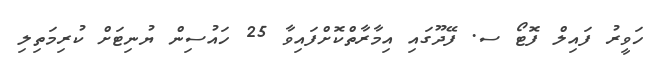
ހަވީރު ފައިލް ފޮޓޯ ސ. ފޭދޫގައި އިމާރާތްކޮށްފައިވާ 25 ހައުސިން ޔުނިޓަށް ކުރިމަތިލި